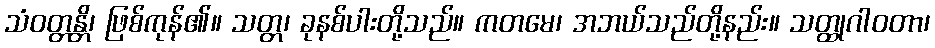
သံဝတ္တန္တိ၊ ဖြစ်ကုန်၏။ သတ္တ၊ ခုနစ်ပါးတို့သည်။ ကတမေ၊ အဘယ်သည်တို့နည်း။ သတ္ထုဂါဝတာ၊